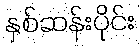
နှစ်ဆန်းပိုင်း